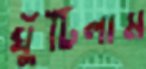
ঘুঁটিলাম